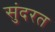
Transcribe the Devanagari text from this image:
सुंदरत